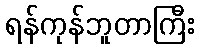
ရန်ကုန်ဘူတာကြီး